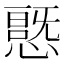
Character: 𭞦